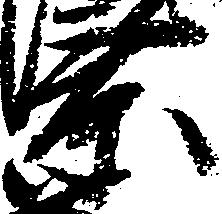
景